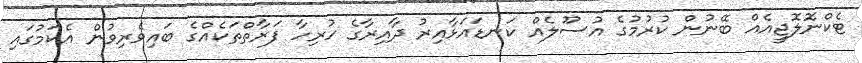
ޓެކްނޮލޮޖީއެއް ބޭނުން ކުރުމުގެ އުސޫލެއް ކަނޑައަޅާއިރު ދާއިރާގެ ހުރިހާ ފަރާތްތަކެއްގެ ބައިވެރިވުން އެކަމުގައި